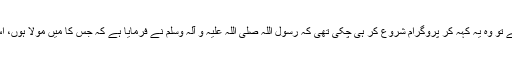
”من کُنتُ مولا ” سے تو وہ یہ کہہ کر پروگرام شروع کر ہی چکی تھی کہ رسول اللّہ صلّی اللّہ علیہ و آلہِ وسلّم نے فرمایا ہے کہ جس کا میں مولا ہوں، اُس کا علی مولا ہے۔